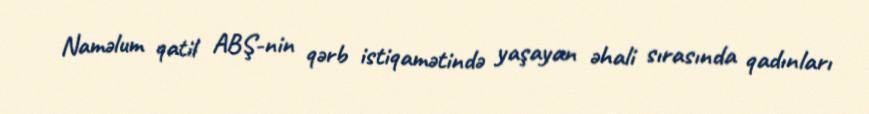
Naməlum qatil ABŞ-nin qərb istiqamətində yaşayan əhali sırasında qadınları